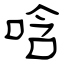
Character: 唅